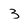
Character: 3